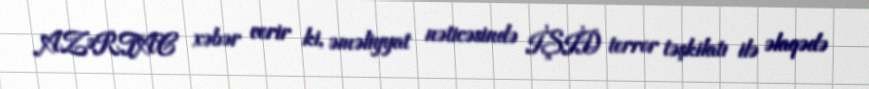
AZƏRTAC xəbər verir ki, əməliyyat nəticəsində İŞİD terror təşkilatı ilə əlaqədə